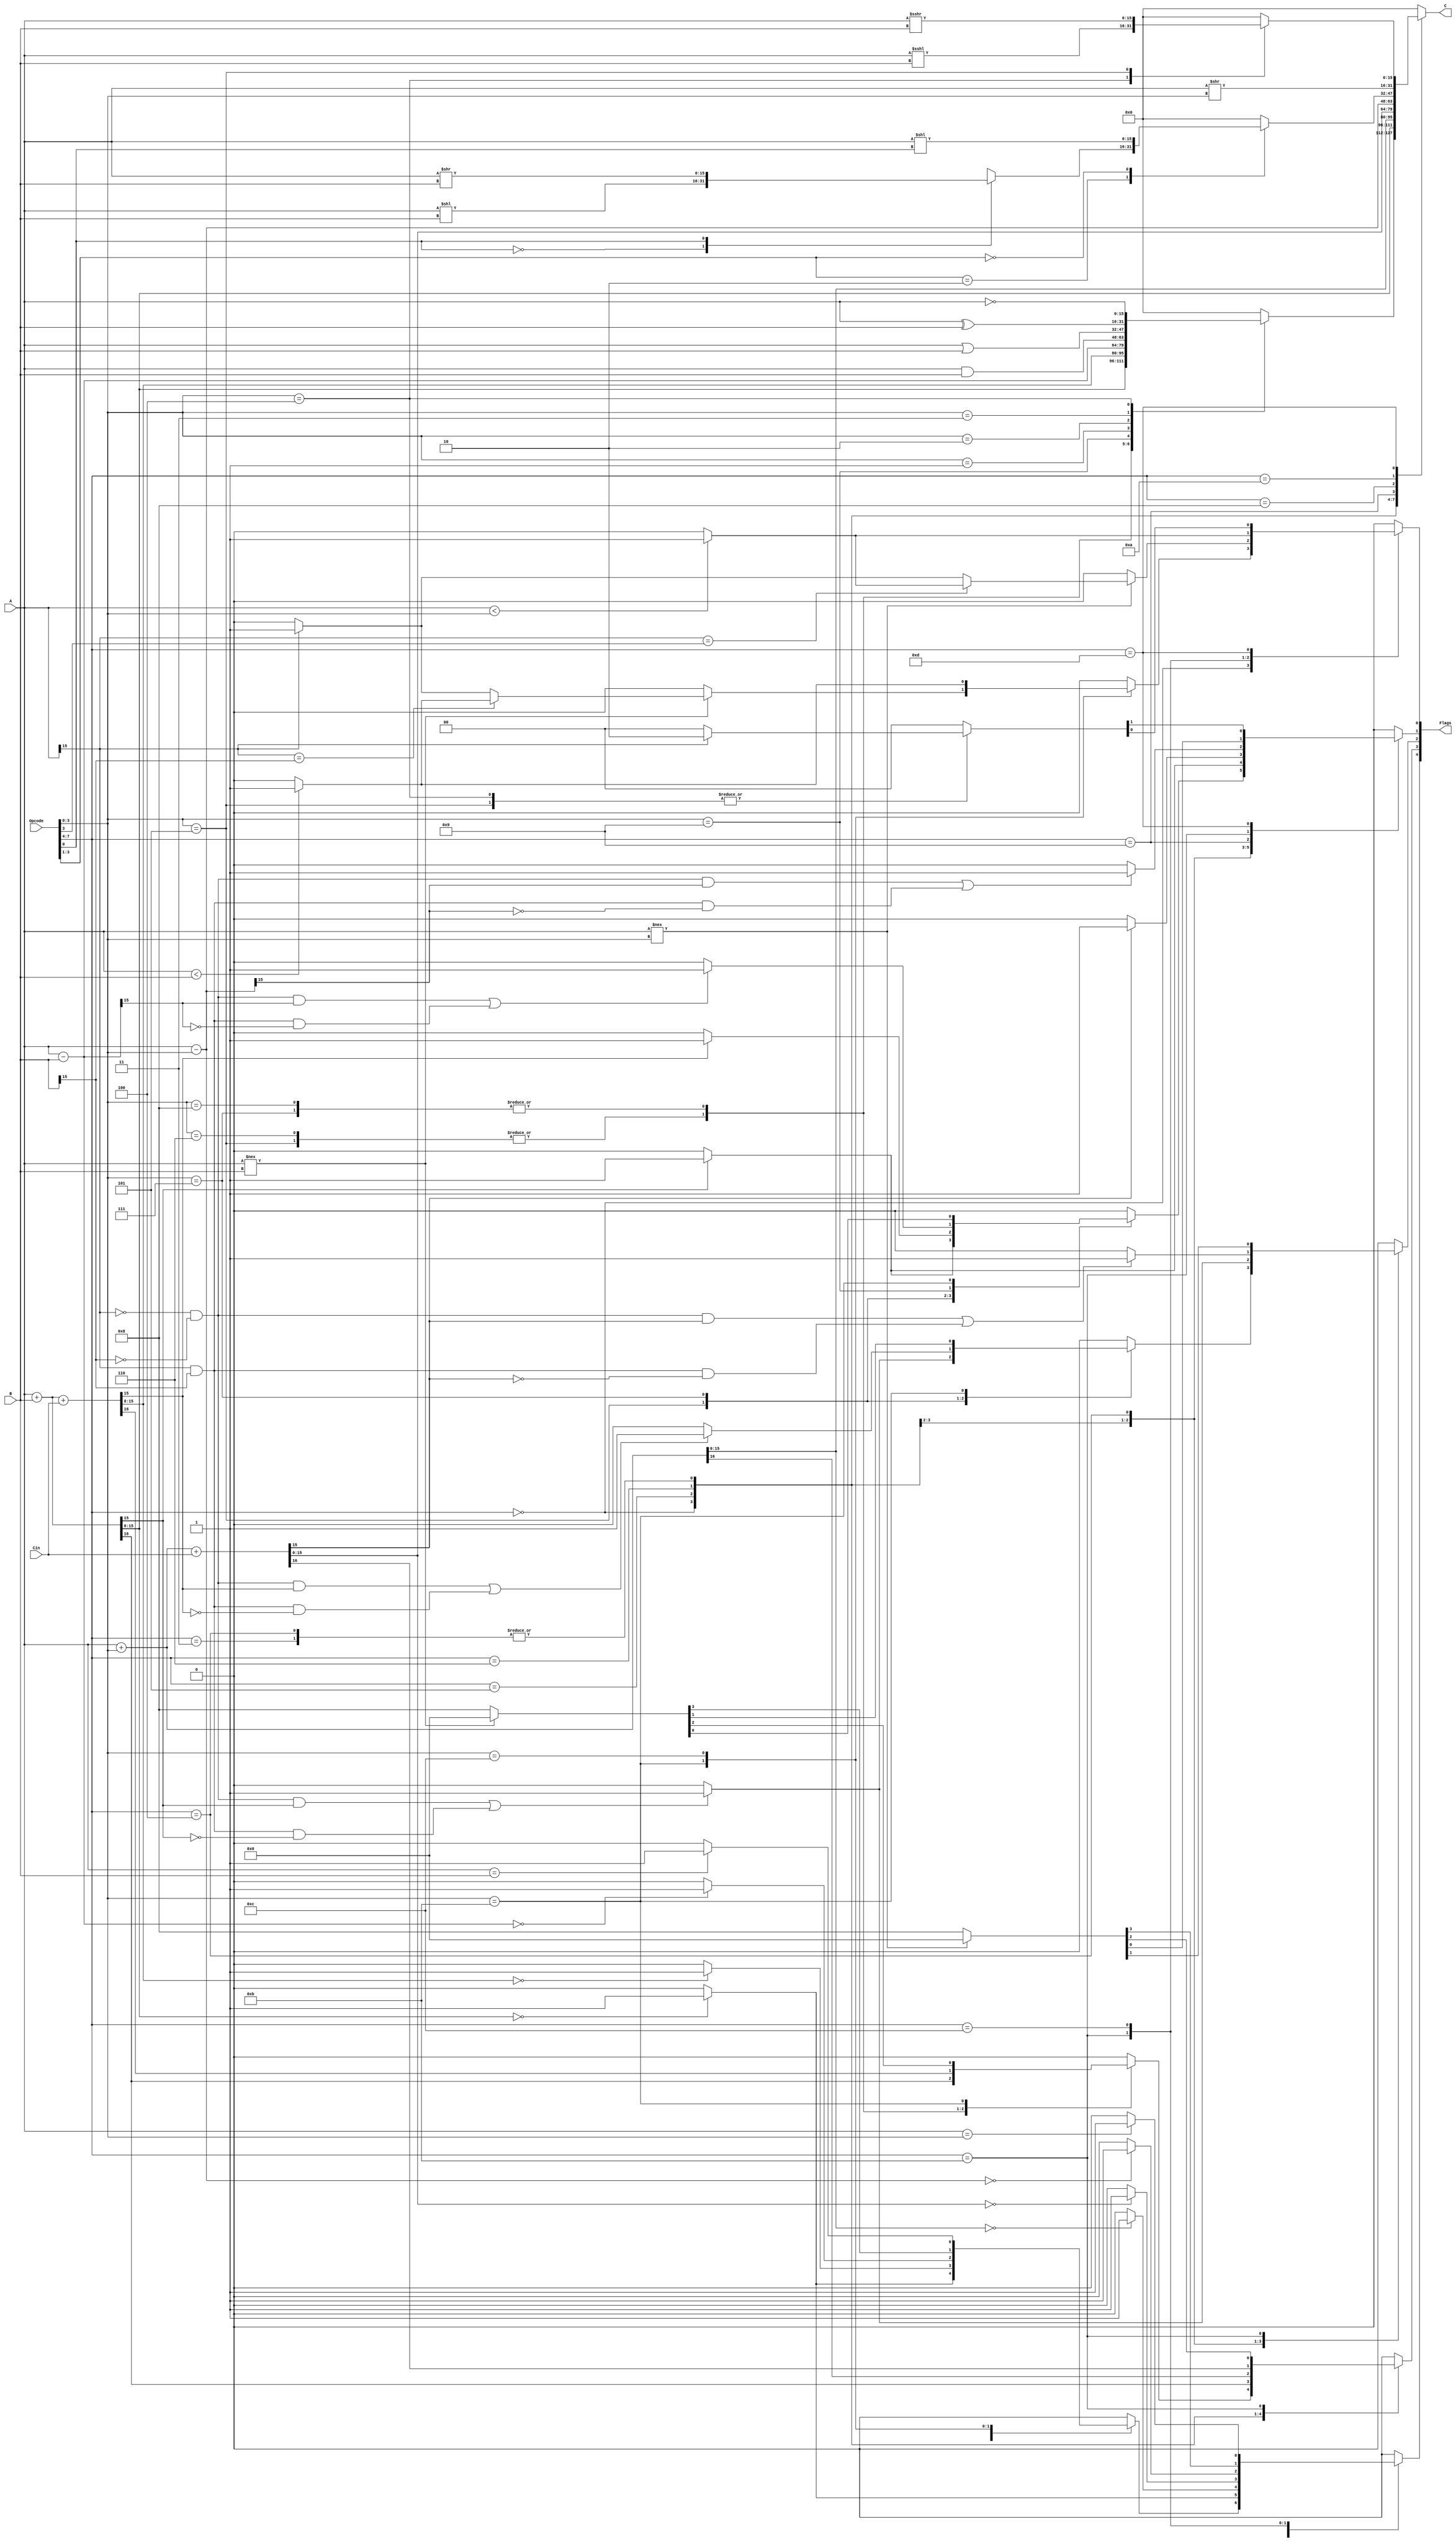
`timescale 1ns / 1ps
//////////////////////////////////////////////////////////////////////////////////
// Company: 
// Engineer: 
// 
// Design Name: 
// Module Name:    ALU 
// Project Name: 
// Target Devices: 
// Tool versions: 
// Description: 
//
// Dependencies: 
//
// Revision: 
// Revision 0.01 - File Created
// Additional Comments: 
//
//////////////////////////////////////////////////////////////////////////////////
module ALU( A, B, C, Cin, Opcode, Flags
    );
input [15:0] A, B;
input [7:0] Opcode;
input Cin;
output reg [15:0] C;
output reg [4:0] Flags;

parameter ADD 		=	8'b00000101;
parameter ADDI		=	8'b0101XXXX;
parameter ADDU		=	8'b00000110;
parameter ADDUI 	=	8'b0110XXXX;
parameter ADDC		=	8'b00000111;
parameter ADDCU 	=	8'b00001000;
parameter ADDCUI 	=	8'b0011XXXX;
parameter ADDCI 	=	8'b0100XXXX;
parameter SUB 		=	8'b00001001;
parameter ALSH 	=	8'b11010100;
parameter ARSH 	=	8'b11010101;
parameter NOP 		=	8'b00000000;
parameter SUBI		=	8'b1001XXXX;
parameter CMP 		=	8'b00001011;
parameter CMPI		=	8'b1011XXXX;
parameter CMPU		=	8'b00001100;
parameter CMPUI	=	8'b1100XXXX;
parameter AND 		=	8'b00000001;
parameter OR 		=	8'b00000010;
parameter XOR 		=	8'b00000011;
parameter NOT 		=	8'b00000100;
parameter LSH 		=	8'b10000100;
parameter LSHI 	=	8'b1000000X;
parameter RSH 		=	8'b10000101;
parameter RSHI 	=	8'b1010XXXX;

always @(A, B, Cin, Opcode, Flags)
begin
	case (Opcode[7:4])
	ADD[7:4]: //All Standard Codes
	begin
		case (Opcode[3:0])
		ADD[3:0]:
			begin				
			{Flags[3],C} = A + B;
			if (C == 16'h0000) Flags[4] = 1'b1;
			else Flags[4] = 1'b0;
			if( (~A[15] & ~B[15] & C[15]) | (A[15] & B[15] & ~C[15]) ) Flags[2] = 1'b1;
			else Flags[2] = 1'b0;
			if(C[15] == 1'b1) Flags[1] = 1'b1;
			else Flags[1] = 1'b0;
			Flags[0] = 1'b0;
			end
			
		ADDU[3:0]:
			begin				
			{Flags[3],C} = A + B;
			if (C == 16'h0000) Flags[4] = 1'b1;
			else Flags[4] = 1'b0;
			Flags[2:0] = 3'b000;
			end
			
		ADDC[3:0]:
			begin				
			{Flags[3],C} = A + B + Cin;
			if (C == 16'h0000) Flags[4] = 1'b1;
			else Flags[4] = 1'b0;
			if( (~A[15] & ~B[15] & C[15]) | (A[15] & B[15] & ~C[15]) ) Flags[2] = 1'b1;
			else Flags[2] = 1'b0;
			if(C[15] == 1'b1) Flags[1] = 1'b1;
			else Flags[1] = 1'b0;
			Flags[0] = 1'b0;
			end
			
		ADDCU[3:0]:
			begin				
			{Flags[3],C} = A + B + Cin;
			if (C == 16'h0000) Flags[4] = 1'b1;
			else Flags[4] = 1'b0;
			Flags[2:0] = 3'b000;
			end
			
		SUB[3:0]:
			begin
			C = A - B;
			if (C == 16'h0000) Flags[4] = 1'b1;
			else Flags[4] = 1'b0;
			if( (~A[15] & ~B[15] & C[15]) | (A[15] & B[15] & ~C[15]) ) Flags[1] = 1'b1;
			else Flags[1] = 1'b0;
			Flags[0] = 1'b0; Flags[2] = 1'b0; Flags[3] = 1'b0;
			end
			
		CMP[3:0]:
			begin
			C = 16'h0000;
			if(A !== B)
				begin
				if( A[15] == B[15] )
				begin
					if (A < B) Flags[0] = 1'b1;
					else Flags[0] = 1'b0;
				end
				else if (A[15] == 1'b0) Flags[0] = 1'b0;
				else Flags[0] = 1'b1;
				Flags[4:1] = 4'b0000;
				end
			else Flags = 5'b10000;
			end
			
		CMPU[3:0]:
			begin
			if( A < B ) Flags[0] = 1'b1;
			else Flags[0] = 1'b0;
			C = 16'h0000;
			Flags[4:1] = 4'b0000;
			if (A == B) Flags[4] = 1'b1;
			end
			
		AND[3:0]:
			begin
			C = A & B;
			Flags[4:0] = 5'b00000;
			end
			
		OR[3:0]:
			begin
			C = A | B;
			Flags[4:0] = 5'b00000;
			end
			
		XOR[3:0]:
			begin
			C = A ^ B;
			Flags[4:0] = 5'b00000;
			end
			
		NOT[3:0]:
			begin
			C = ~A;
			Flags[4:0] = 5'b00000;
			end
			
		default: 
			begin
				C = 16'h0000;
				Flags = 5'b00000;
			end
		
		endcase
	end
	
	ADDI[7:4]:
		begin			
		{Flags[3],C} = A + B;
		if (C == 16'h0000) Flags[4] = 1'b1;
		else Flags[4] = 1'b0;
		if( (~A[15] & ~B[15] & C[15]) | (A[15] & B[15] & ~C[15]) ) Flags[2] = 1'b1;
		else Flags[2] = 1'b0;
		if(C[15] == 1'b1) Flags[1] = 1'b1;
		else Flags[1] = 1'b0;
		Flags[0] = 1'b0;
		end	
		
	ADDUI[7:4]:
		begin
		{Flags[3],C} = A + Opcode[3:0];
		if (C == 16'h0000) Flags[4] = 1'b1;
		else Flags[4] = 1'b0;
		Flags[2:0] = 3'b000;
		end
			
	ADDCUI[7:4]:
		begin
		{Flags[3],C} = A + Opcode[3:0] + Cin;
		if (C == 16'h0000) Flags[4] = 1'b1;
		else Flags[4] = 1'b0;
		Flags[2:0] = 3'b000;
		end
		
	ADDCI[7:4]:
		begin
		{Flags[3],C} = A + Opcode[3:0] + Cin;
		if (C == 16'h0000) Flags[4] = 1'b1;
		else Flags[4] = 1'b0;
		if( (~A[15] & ~B[15] & C[15]) | (A[15] & B[15] & ~C[15]) ) Flags[2] = 1'b1;
		else Flags[2] = 1'b0;
		if(C[15] == 1'b1) Flags[1] = 1'b1;
		else Flags[1] = 1'b0;
		Flags[0] = 1'b0;
		end
		
	SUBI[7:4]:
		begin
		C = A - Opcode[3:0];
		if (C == 16'h0000) Flags[4] = 1'b1;
		else Flags[4] = 1'b0;
		if( (~A[15] & ~B[15] & C[15]) | (A[15] & B[15] & ~C[15]) ) Flags[1] = 1'b1;
		else Flags[1] = 1'b0;
		Flags[0] = 1'b0; Flags[2] = 1'b0; Flags[3] = 1'b0;
		end
		
	CMPI[7:4]:
		begin
		C = 16'h0000;
		if(A !== Opcode[3:0])
			begin
			if( A[15] == Opcode[3] )
				begin
					if (A < Opcode[3:0]) Flags[0] = 1'b1;
					else Flags[0] = 1'b0;
				end
				else
				begin
					if (A[15] == 1'b0) Flags[0] = 1'b0;
					else Flags[0] = 1'b1;
				end
			Flags[4:1] = 4'b0000;
		end
		else Flags = 5'b10000;
		end
		
	CMPUI[7:4]:
		begin
		if( A < Opcode[3:0] ) Flags[0] = 1'b1;
		else Flags[0] = 1'b0;
		C = 16'h0000;
		Flags[4:1] = 4'b0000;
		if (A == Opcode[3:0]) Flags[4] = 1'b1;
		end
			
	LSH[7:4]:
	begin
		case (Opcode[3:1])
		LSH[3:1]:
		begin
			case (Opcode[0])
			LSH[0]:
				begin
				C = A << B; 
				Flags = 5'b00000;
				end
			RSH[0]:
				begin
				C = A >> B;
				Flags = 5'b00000;
				end
			
			default: 
				begin
				C = 16'h0000;
				Flags = 5'b00000;
				end
			endcase
		end
			
		LSHI[3:1]:
			begin
			C = A << Opcode[0]; 
			Flags = 5'b00000;
			end
			
		default: 
			begin
			C = 16'h0000;
			Flags = 5'b00000;
			end
		
		endcase
	end
		
	RSHI[7:4]:
		begin
		C = A >> Opcode[3:0];
		Flags = 5'b00000;
		end
			
	ALSH[7:4]:
	begin
		case (Opcode[3:0])
		ALSH[3:0]:
			begin
			if (A[15] == 1'b1) Flags[1:0] = 2'b10;
			else Flags[1:0] = 2'b00;
			C = A <<< B; 
			Flags[4:2] = 3'b000;
			end
				
		ARSH[3:0]:
			begin
			if (A[15] == 1'b1) Flags[1:0] = 2'b10;
			else Flags[1:0] = 2'b00;
			C = A >>> B;
			Flags[4:2] = 3'b000;
			end
				
		default: 
			begin
			C = 16'h0000;
			Flags = 5'b00000;
			end
		endcase
	end		
				
	default: 
		begin
		C = 16'h0000;
		Flags = 5'b00000;
		end
	endcase
end

endmodule